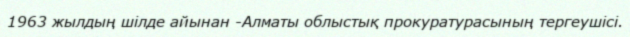
1963 жылдың шілде айынан -Алматы облыстық прокуратурасының тергеушісі.